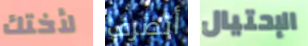
لأختك أتصرف الإحتيال